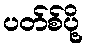
ပတ်စ်ပို့